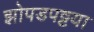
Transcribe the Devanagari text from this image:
झोपडपट्टया